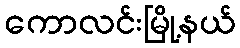
ကောလင်းမြို့နယ်